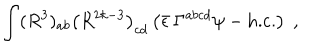
LaTeX: \int ( R ^ { 3 } ) _ { a b } \left( R ^ { 2 k - 3 } \right) _ { c d } \left( \bar { \epsilon } \, \Gamma ^ { a b c d } \psi - \mathrm { h . c . } \right) \; ,